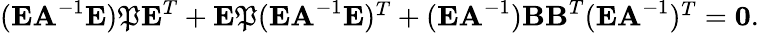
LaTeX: \begin{array}{r}{({\textbf E}{\textbf A}^{-1}{\textbf E})\mathfrak{{P}}{\textbf E}^{T}+{\textbf E}\mathfrak{{P}}({\textbf E}{\textbf A}^{-1}{\textbf E})^{T}+({\textbf E}{\textbf A}^{-1}){\textbf B}{\textbf B}^{T}({\textbf E}{\textbf A}^{-1})^{T}=\mathbf{{0}}.}\end{array}